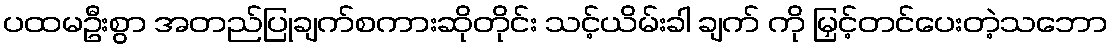
ပထမဦးစွာ အတည်ပြုချက်စကားဆိုတိုင်း သင့်ယိမ်းခါ ချက် ကို မြှင့်တင်ပေးတဲ့သဘော